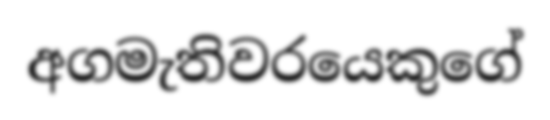
අගමැතිවරයෙකුගේ